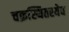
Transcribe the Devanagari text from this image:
चक्रस्थितस्येव